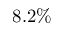
8 . 2 \%